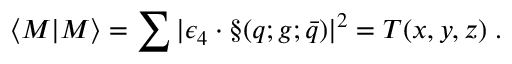
\langle { \cal M } | { \cal M } \rangle = \sum | \epsilon _ { 4 } \cdot \S ( q ; g ; \bar { q } ) | ^ { 2 } = { \cal T } ( x , y , z ) \; .